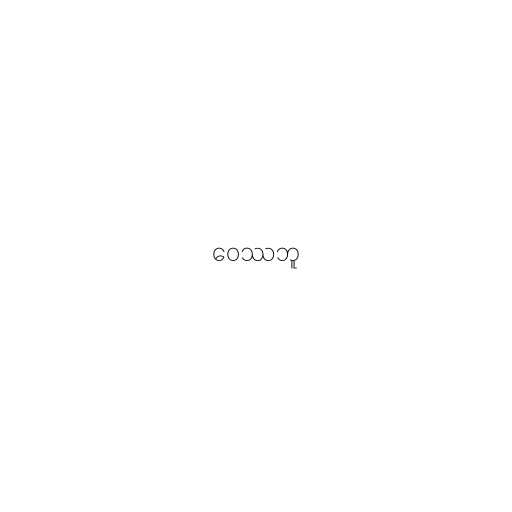
ဝေဿဘူ